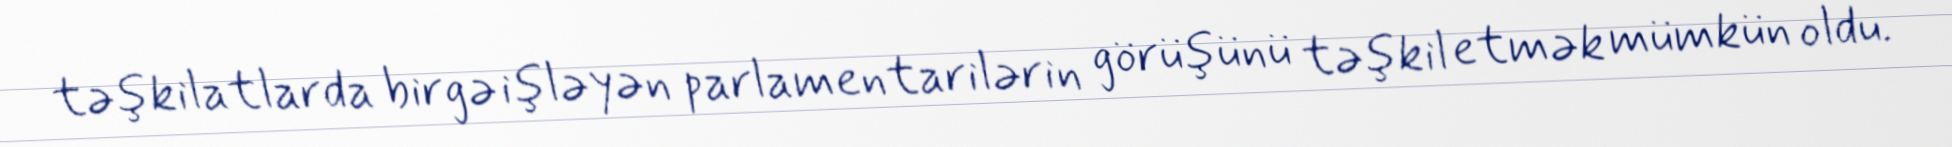
təşkilatlarda birgə işləyən parlamentarilərin görüşünü təşkil etmək mümkün oldu.